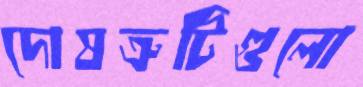
দোষত্রুটিগুলো